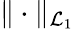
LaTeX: \| \cdot\| _{\mathcal{L}_{1}}